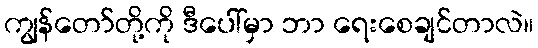
ကျွန်တော်တို့ကို ဒီပေါ်မှာ ဘာ ရေးစေချင်တာလဲ။